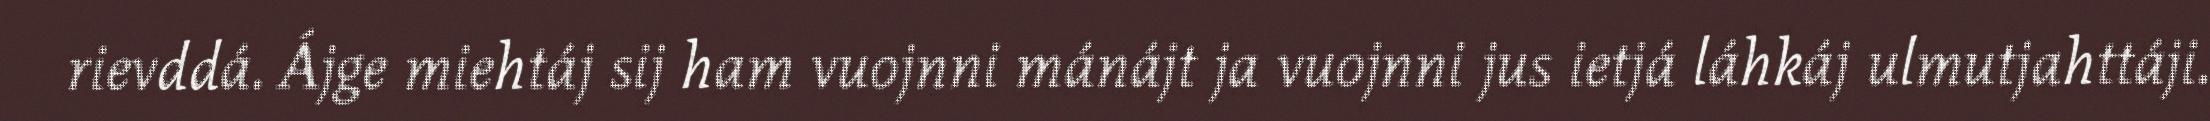
rievddá. Ájge miehtáj sij ham vuojnni mánájt ja vuojnni jus ietjá láhkáj ulmutjahttáji.